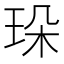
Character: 𤤸